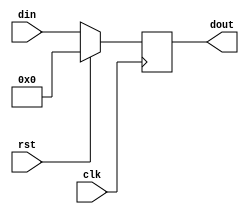
`timescale 1ns / 1ps

module reg_param #(parameter SIZE = 4) (
    input wire clk,
    input wire rst,
    input wire [SIZE-1:0] din,
    output reg [SIZE-1:0] dout
);

always @(posedge clk) begin
    if (rst)
        dout <= 'b0;
    else
        dout <= din;
end

endmodule